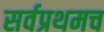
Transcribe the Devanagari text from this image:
सर्वप्रथमच